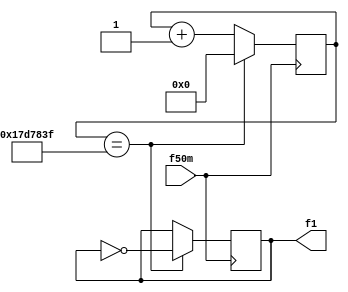
`timescale 1ns/100ps

module   fdiv (f50m,
               f1
               );


input   f50m;

output  f1;

reg     f1=0;
reg     [24:0]i=0;


always@(posedge f50m)
    begin
      if(i==24999999)    
         begin
           i<=0;
           f1<=~f1;
         end
      else
        i<=i+1;
    end         

endmodule